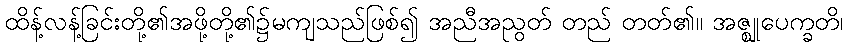
ထိန့်လန့်ခြင်းတို့၏အဖို့တို့၏၌မကျသည်ဖြစ်၍ အညီအညွတ် တည် တတ်၏။ အဇ္ဈုပေက္ခတိ၊